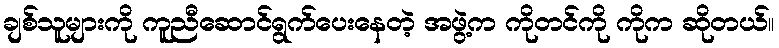
ချစ်သူများကို ကူညီဆောင်ရွက်ပေးနေတဲ့ အဖွဲ့က ကိုတင်ကို ကိုက ဆိုတယ်။